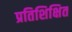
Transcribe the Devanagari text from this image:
प्रतिशिक्षित